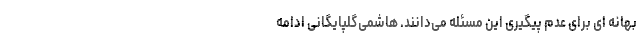
بهانه ای برای عدم پیگیری این مسئله می‌دانند. هاشمی‌گلپایگانی ادامه